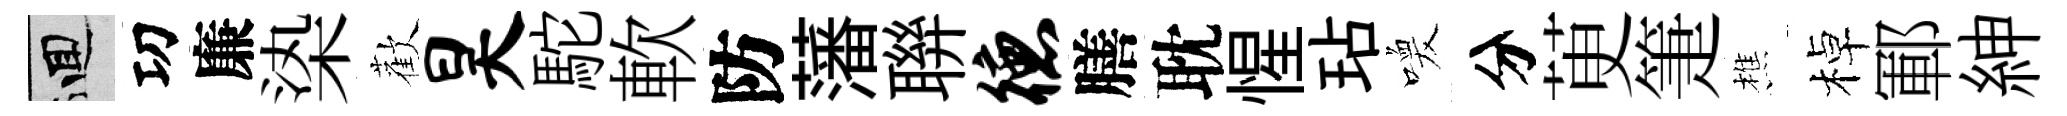
回㓛廉𣑱歡昊駝軟防藩聨德膳耽惺玷喚分茰箑樵棹鄆紳